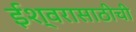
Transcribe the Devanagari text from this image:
ईश्वरासाठीची